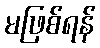
မဖြစ်ရန်